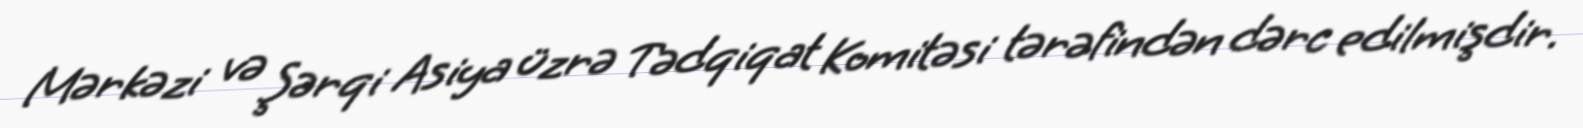
Mərkəzi və Şərqi Asiya üzrə Tədqiqat Komitəsi tərəfindən dərc edilmişdir.